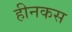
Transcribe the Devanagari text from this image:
हीनकस